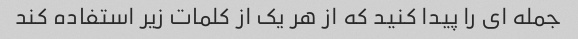
جمله ای را پیدا کنید که از هر یک از کلمات زیر استفاده کند